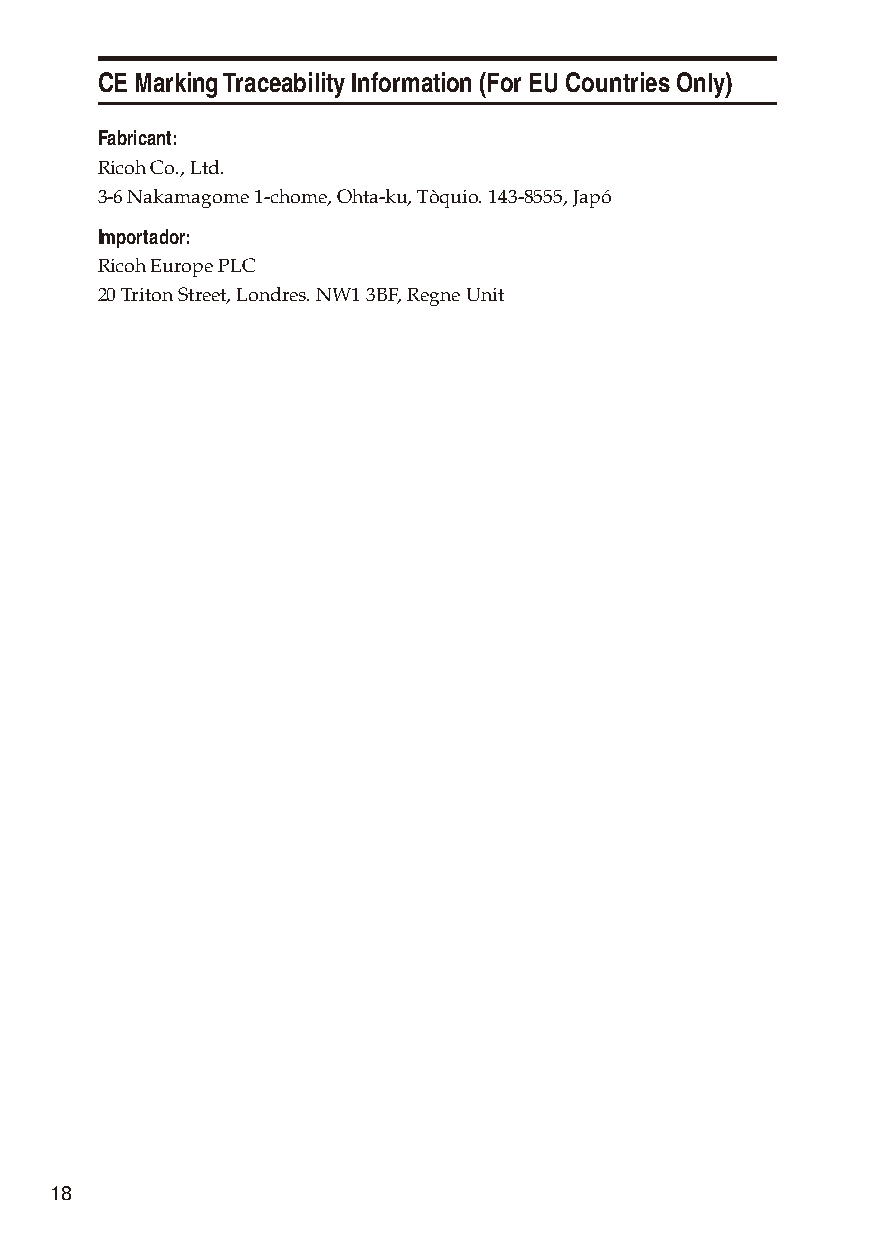
CE Marking Traceability Information (For EU Countries Only)
 Fabricant:
 Ricoh Co., Ltd.
 3-6 Nakamagome 1-chome, Ohta-ku, Tòquio. 143-8555, Japó
 Importador:
 Ricoh Europe PLC
 20 Triton Street, Londres. NW1 3BF, Regne Unit
 18